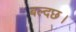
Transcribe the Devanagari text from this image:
बल्दछ।